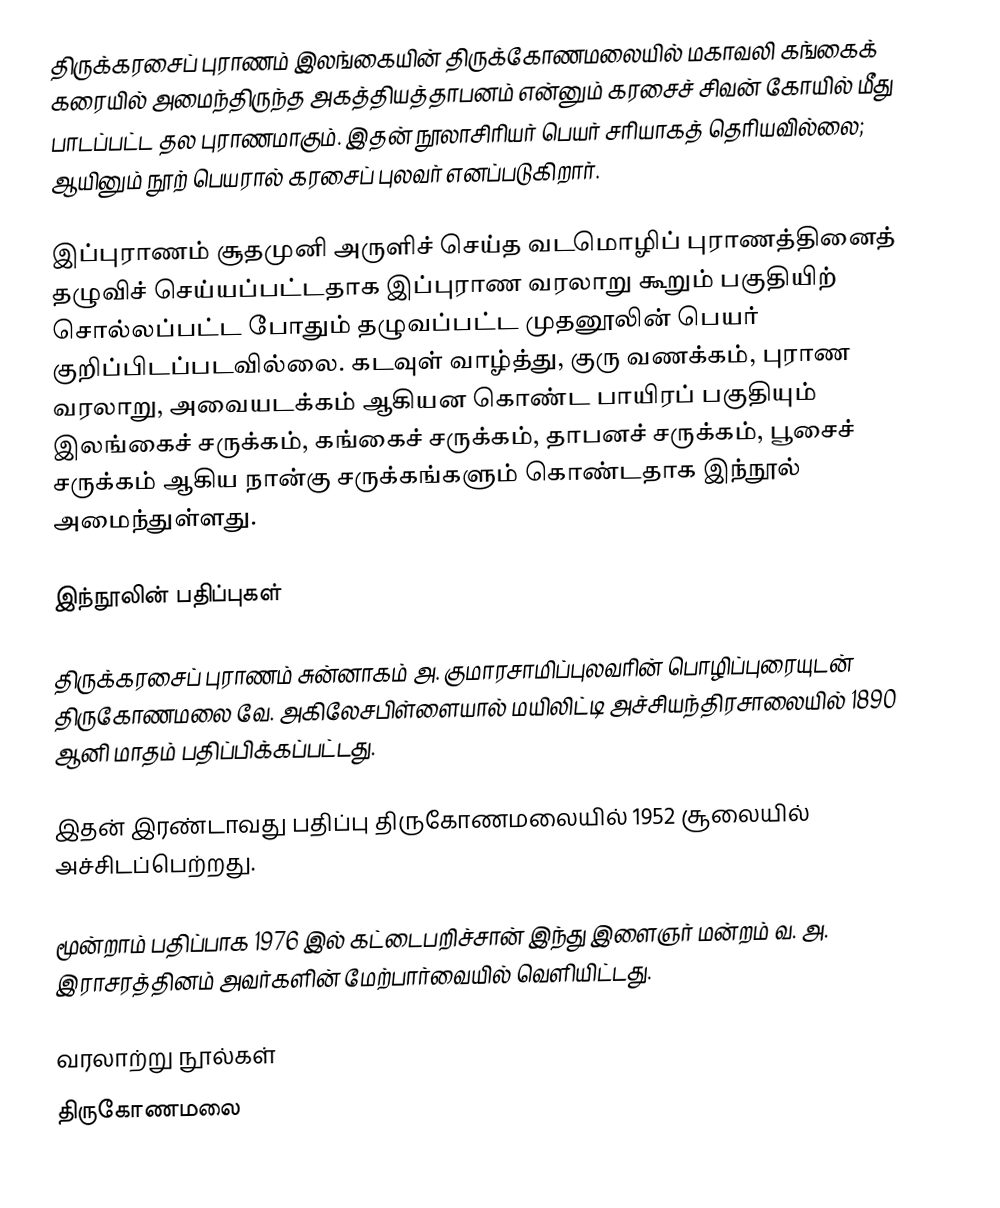
திருக்கரசைப் புராணம் இலங்கையின் திருக்கோணமலையில் மகாவலி கங்கைக் கரையில் அமைந்திருந்த அகத்தியத்தாபனம் என்னும் கரசைச் சிவன் கோயில் மீது பாடப்பட்ட தல புராணமாகும். இதன் நூலாசிரியர் பெயர் சரியாகத் தெரியவில்லை; ஆயினும் நூற் பெயரால் கரசைப் புலவர் எனப்படுகிறார்.

இப்புராணம் சூதமுனி அருளிச் செய்த வடமொழிப் புராணத்தினைத் தழுவிச் செய்யப்பட்டதாக இப்புராண வரலாறு கூறும் பகுதியிற் சொல்லப்பட்ட போதும் தழுவப்பட்ட முதனூலின் பெயர் குறிப்பிடப்படவில்லை. கடவுள் வாழ்த்து, குரு வணக்கம், புராண வரலாறு, அவையடக்கம் ஆகியன கொண்ட பாயிரப் பகுதியும் இலங்கைச் சருக்கம், கங்கைச் சருக்கம், தாபனச் சருக்கம், பூசைச் சருக்கம் ஆகிய நான்கு சருக்கங்களும் கொண்டதாக இந்நூல் அமைந்துள்ளது.

இந்நூலின் பதிப்புகள்

 திருக்கரசைப் புராணம் சுன்னாகம் அ. குமாரசாமிப்புலவரின் பொழிப்புரையுடன் திருகோணமலை வே. அகிலேசபிள்ளையால் மயிலிட்டி அச்சியந்திரசாலையில் 1890 ஆனி மாதம் பதிப்பிக்கப்பட்டது.

 இதன் இரண்டாவது பதிப்பு திருகோணமலையில் 1952 சூலையில் அச்சிடப்பெற்றது.

 மூன்றாம் பதிப்பாக 1976 இல் கட்டைபறிச்சான் இந்து இளைஞர் மன்றம் வ. அ. இராசரத்தினம் அவர்களின் மேற்பார்வையில் வெளியிட்டது.

வரலாற்று நூல்கள்
திருகோணமலை